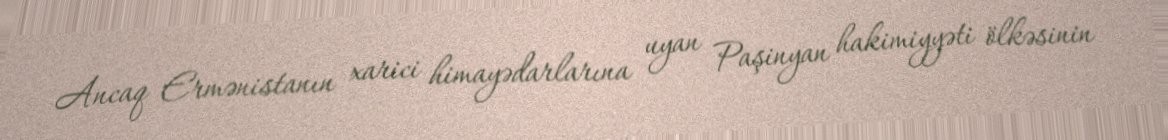
Ancaq Ermənistanın xarici himayədarlarına uyan Paşinyan hakimiyyəti ölkəsinin